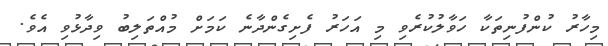
މިހާރު ކުންފުނިތަކާ ހަވާލުކުރެވި މި އަހަރު ފެށިގެންދާނެ ކަމަށް މުއްތަލިބު ވިދާޅުވި އެވެ.